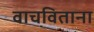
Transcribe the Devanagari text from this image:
वाचविताना